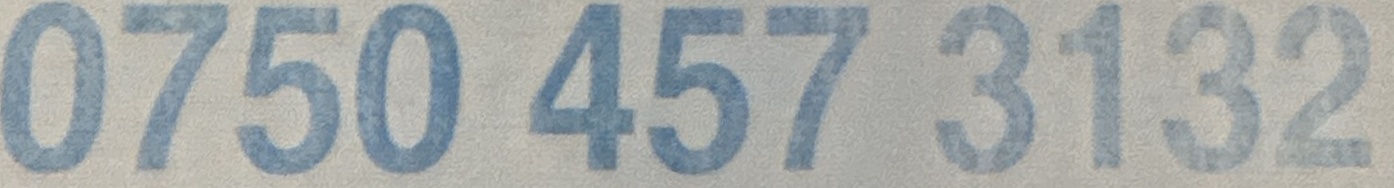
0750 457 3132